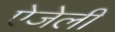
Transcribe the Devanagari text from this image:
ऐजेली